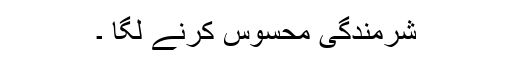
شرمندگی محسوس کرنے لگا ۔